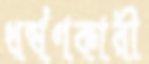
ধর্ষণকারী